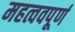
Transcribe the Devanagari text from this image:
महत्ववपूर्ण